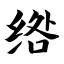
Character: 绺